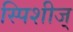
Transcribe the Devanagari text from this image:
स्पिशीज्‌